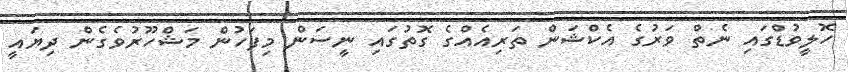
ހޮލީވުޑްގައި ނެތް ވަރުގެ އެކްޝަން ތަރިއެއްގެ ގޮތުގައި ނީސަން މިފަހުން މަޝްހޫރުވެގެން ދިޔައީ